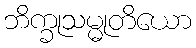
ဘိက္ခုသမ္မုတိယော